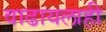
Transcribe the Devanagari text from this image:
वाढायलाही